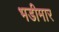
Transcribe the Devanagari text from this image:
भडीमार